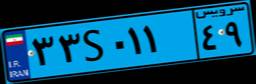
۴۹S۱۱۰۵۰